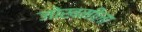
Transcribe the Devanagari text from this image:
जोखमीला